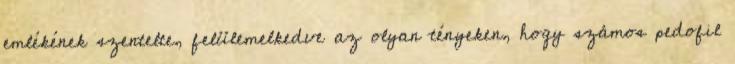
emlékének szentelte, felülemelkedve az olyan tényeken, hogy számos pedofil